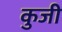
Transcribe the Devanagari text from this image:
कुजी